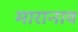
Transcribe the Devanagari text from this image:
मारानाव